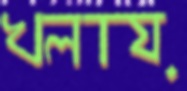
খলায়